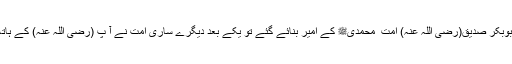
جب حضرت ابوبکر صدیق(رضی اللہ عنہ) اُمت ِ محمدیﷺ کے امیر بنائے گئے تو یکے بعد دیگرے ساری اُمت نے آ پ (رضی اللہ عنہ) کے ہاتھ پر بیعت کی۔